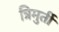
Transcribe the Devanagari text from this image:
त्रिमुर्ती